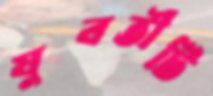
যুবতীটি